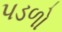
પડળો